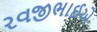
રવજીભાઈએ